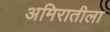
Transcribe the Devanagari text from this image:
अमिरातीला